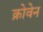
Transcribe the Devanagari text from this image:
क्रोवेन